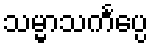
သမ္မာသင်္ကပ္ပေ